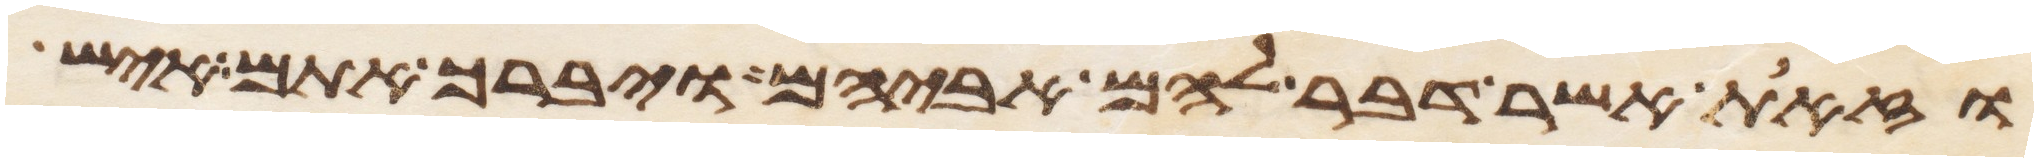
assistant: וזאת אשר דבר להם אביהם ויברך אתם איש